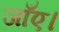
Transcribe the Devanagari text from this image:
जाँए।